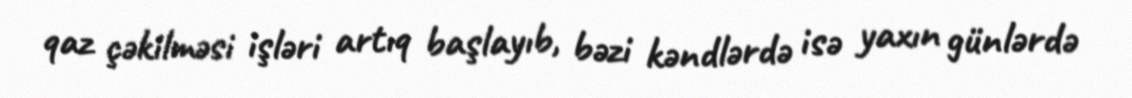
qaz çəkilməsi işləri artıq başlayıb, bəzi kəndlərdə isə yaxın günlərdə